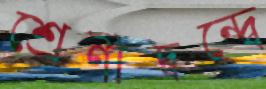
শ্রেণীদ্বন্দ্বে